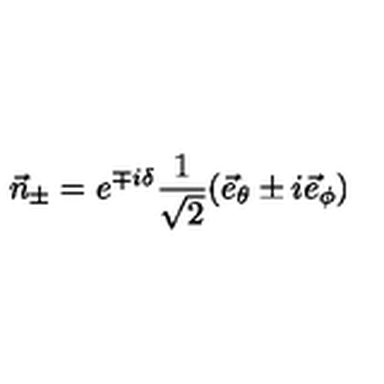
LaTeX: \vec { n } _ { \pm } = e ^ { \mp i \delta } \frac { 1 } { \sqrt { 2 } } ( \vec { e } _ { \theta } \pm i \vec { e } _ { \phi } )